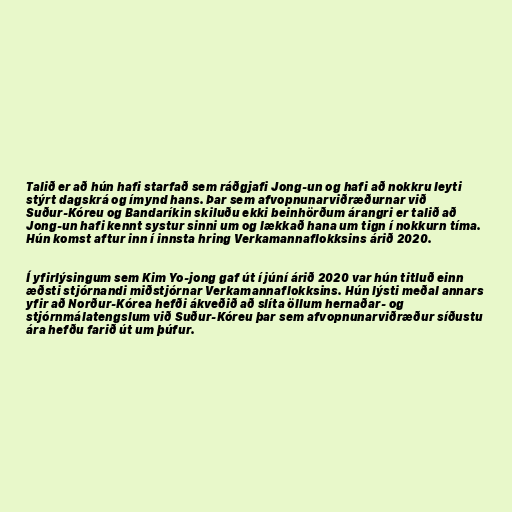
Talið er að hún hafi starfað sem ráðgjafi Jong-un og hafi að nokkru leyti
stýrt dagskrá og ímynd hans. Þar sem afvopnunarviðræðurnar við
Suður-Kóreu og Bandaríkin skiluðu ekki beinhörðum árangri er talið að
Jong-un hafi kennt systur sinni um og lækkað hana um tign í nokkurn tíma.
Hún komst aftur inn í innsta hring Verkamannaflokksins árið 2020.

Í yfirlýsingum sem Kim Yo-jong gaf út í júní árið 2020 var hún titluð einn
æðsti stjórnandi miðstjórnar Verkamannaflokksins. Hún lýsti meðal annars
yfir að Norður-Kórea hefði ákveðið að slíta öll­um hernaðar- og
stjórn­mála­tengsl­um við Suður-Kóreu þar sem afvopnunarviðræður síðustu
ára hefðu farið út um þúfur.